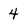
Character: 4